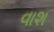
વાશ